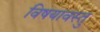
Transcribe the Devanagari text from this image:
विषयावस्तु